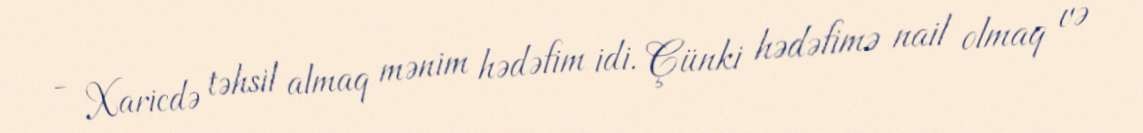
- Xaricdə təhsil almaq mənim hədəfim idi. Çünki hədəfimə nail olmaq və